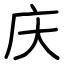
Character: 庆